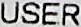
USER